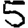
Digit: 5